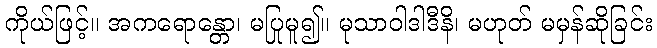
ကိုယ်ဖြင့်။ အကရောန္တော၊ မပြုမူ၍။ မုသာဝါဒါဒီနိ၊ မဟုတ် မမှန်ဆိုခြင်း